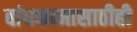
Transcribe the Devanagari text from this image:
बांधकामासाठीही